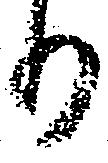
り